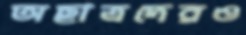
অছাত্রদেরও